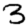
Digit: 3